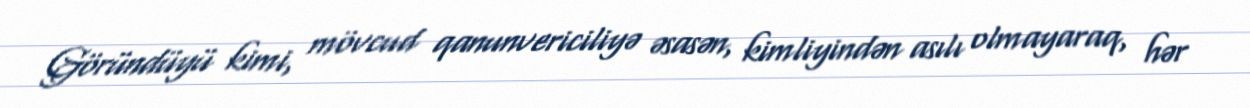
Göründüyü kimi, mövcud qanunvericiliyə əsasən, kimliyindən asılı olmayaraq, hər